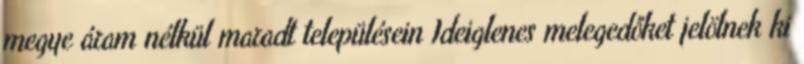
megye áram nélkül maradt településein Ideiglenes melegedőket jelölnek ki